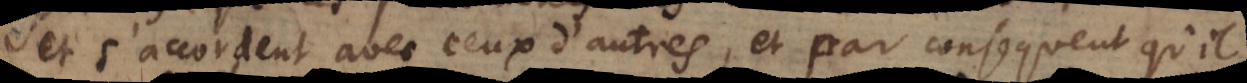
et s’accordent avec ceux d’autres, et par consequent qu’il